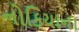
નોકિયાના